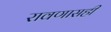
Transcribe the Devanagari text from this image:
रावणासही